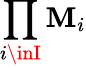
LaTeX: \prod_{i\inI}\mathbf{M}_{i}